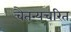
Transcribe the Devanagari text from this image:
चैतन्यचरित